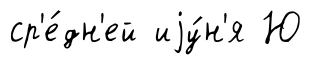
ср'е́дн'ей иjу́н'я Ю